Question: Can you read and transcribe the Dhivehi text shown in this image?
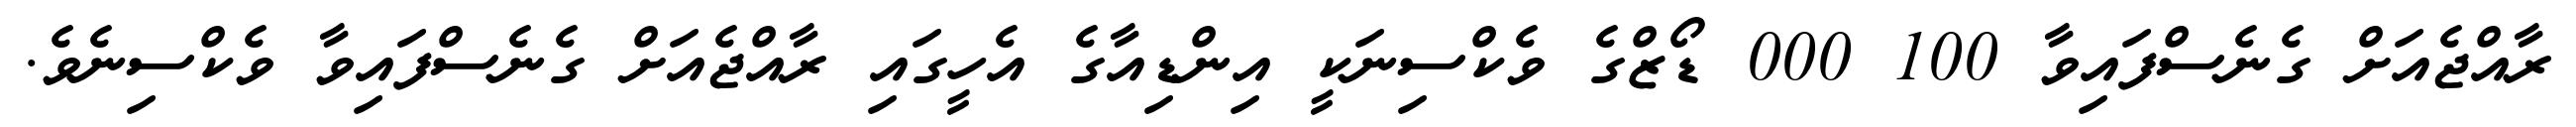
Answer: ރާއްޖެއަށް ގެނެސްފައިވާ 100 000 ޑޯޒްގެ ވެކްސިނަކީ އިންޑިއާގެ އެހީގައި ރާއްޖެއަށް ގެނެސްފައިވާ ވެކްސިނެވެ.